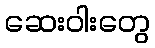
ဆေးဝါးတွေ